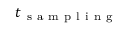
t _ { \mathrm { ~ s ~ a ~ m ~ p ~ l ~ i ~ n ~ g ~ } }